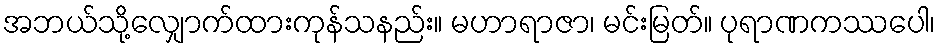
အဘယ်သို့လျှောက်ထားကုန်သနည်း။ မဟာရာဇာ၊ မင်းမြတ်။ ပုရာဏကဿပေါ၊